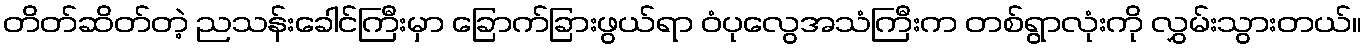
တိတ်ဆိတ်တဲ့ ညသန်းခေါင်ကြီးမှာ ခြောက်ခြားဖွယ်ရာ ဝံပုလွေအသံကြီးက တစ်ရွာလုံးကို လွှမ်းသွားတယ်။